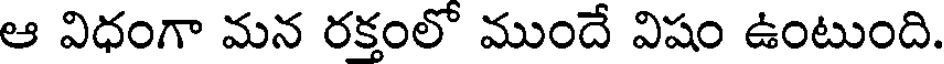
ఆ విధంగా మన రక్తంలో ముందే విషం ఉంటుంది.